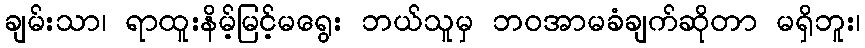
ချမ်းသာ၊ ရာထူးနိမ့်မြင့်မရွေး ဘယ်သူမှ ဘဝအာမခံချက်ဆိုတာ မရှိဘူး၊